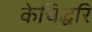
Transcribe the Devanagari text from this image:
केचिद्धरिं